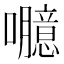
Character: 𡄯